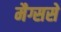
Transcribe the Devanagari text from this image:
मैग्ससे